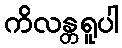
ကိလန္တရူပါ